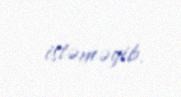
istəməyib.